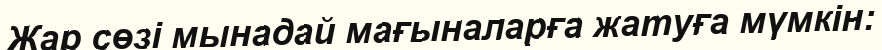
Жар сөзі мынадай мағыналарға жатуға мүмкін: